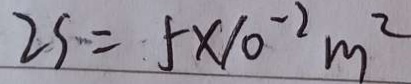
2 5 = 5 \times 1 0 ^ { - 2 } m ^ { 2 }